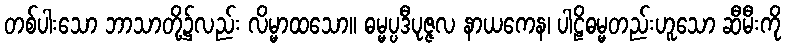
တစ်ပါးသော ဘာသာတို့၌လည်း လိမ္မာထသော။ ဓမ္မပ္ပဒီပုဇ္ဇလ နာယကေန၊ ပါဠိဓမ္မတည်းဟူသော ဆီမီးကို